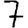
Digit: 7